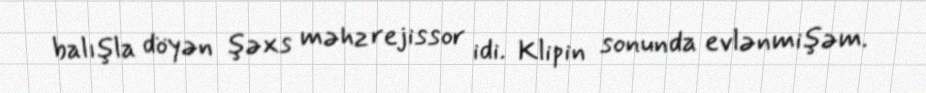
balışla döyən şəxs məhz rejissor idi. Klipin sonunda evlənmişəm.